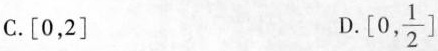
C.[0，2] D.[ 0, \frac{1}{2}]